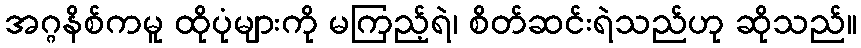
အဂ္ဂနိစ်ကမူ ထိုပုံများကို မကြည့်ရဲ၊ စိတ်ဆင်းရဲသည်ဟု ဆိုသည်။